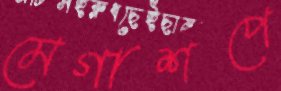
মেগাশপে